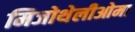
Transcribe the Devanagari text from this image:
मिजोथेलीओमा